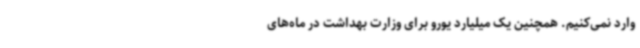
وارد نمی‌کنیم. همچنین یک میلیارد یورو برای وزارت بهداشت در ماه‌های